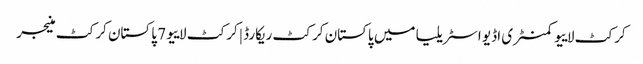
کرکٹ لاییو کمنٹری اڈیو اسٹریلیا میں پاکستان کرکٹ ریکارڈ | کرکٹ لاییو 7 پاکستان کرکٹ منیجر